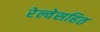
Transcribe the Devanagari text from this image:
रेल्वेसहित